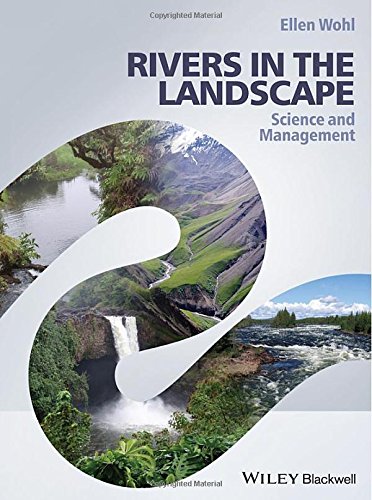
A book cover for Rivers in the Landscape: Science and Management; Ellen Wohl; Science & Math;